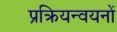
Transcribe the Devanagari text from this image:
प्रक्रियन्वयनों